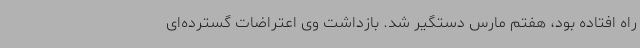
راه افتاده بود، هفتم مارس دستگیر شد. بازداشت وی اعتراضات گسترده‌ای